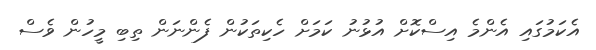
އެކަމުގައި އެންމެ އިސްކޮށް އުޅުނު ކަމަށް ހެކިތަކުން ފެންނަން ތިބި މީހުން ވެސް